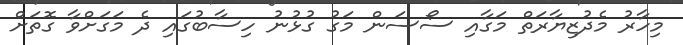
މިހާރު މެދުޒިޔާރަތް މަގާއި ސޯސަން މަގު ގުޅުނު ހިސާބުގައި ދެ މަގަށްވާ ގޮތަށް